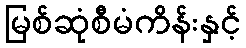
မြစ်ဆုံစီမံကိန်းနှင့်